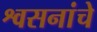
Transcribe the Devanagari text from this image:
श्वसनांचे